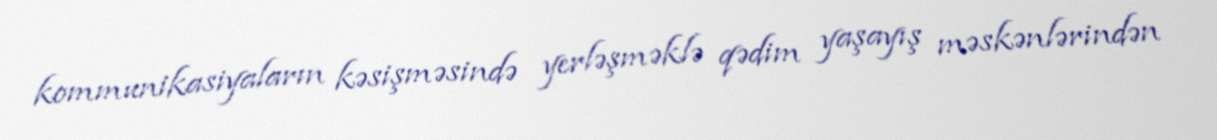
kommunikasiyaların kəsişməsində yerləşməklə qədim yaşayış məskənlərindən